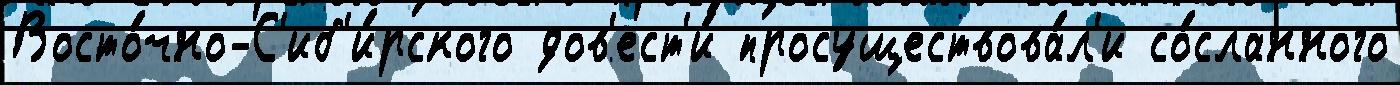
Восто́чно-С'иб'и́рского дов'ест'и́ просуществова́л'и со́сланного